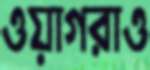
ওয়াগরাও